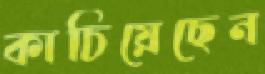
কাচিয়েছেন